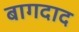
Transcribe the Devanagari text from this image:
बागदाद